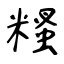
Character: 糔